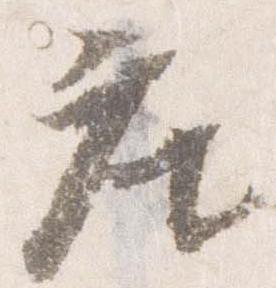
座